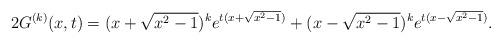
LaTeX: \begin{align*}2G^{(k)}(x,t)=(x+\sqrt{x^2-1})^ke^{t(x+\sqrt{x^2-1})}+(x-\sqrt{x^2-1})^ke^{t(x-\sqrt{x^2-1})}.\end{align*}